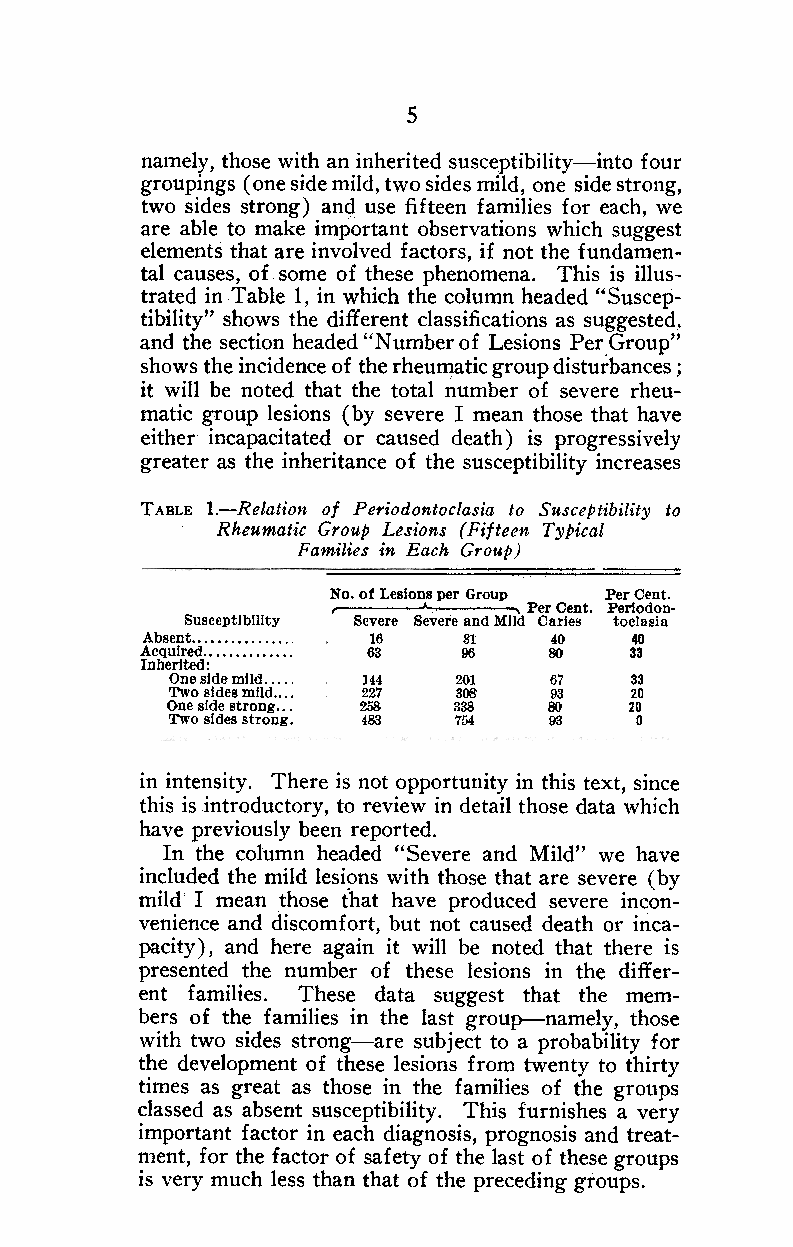
5
 namely, those with an inherited susceptibility-into four
 groupings ( one side mild, two sides mild, one side strong,
 two sides strong) and use fifteen families for each, we
 are able to make important observations which suggest
 elements that are involved factors, if not the fundamen-
 tal causes, of some of these phenomena. 1~his is illus-
 trated in Table 1, in which the column headed "suscep-
 tibility" shows the different classifications as suggested,
 and the section headed "N umber of Lesions Per Group"
 shows the incidence of the rheumatic group disturbances ;
 it will be noted that the total number of severe rheu-
 matic group lesions (by severe I mean those that have
 eithel incapacitated or caused death) is progressively
 greater as the inheritance of the susceptibility increases
 T ABLE 1.-Relation of Periodontoclasia to Susceptibility to
 Rheumatic Group Lesions (Fifteen Typical
 Families in Each Group)
 ,
 No. of Lesions per Group Per Cent.
 '     ,.    , Per Cent. Periodono
 SusceptibIlIty Severe Severe and MIld Caries toclasia
 AIAnchbqesureiirtneetdd : 16 81 40 40
 68     96   80    33
 Onesidemlld.,." 144 201  67    33
 OTnweo sidsied es stromngIl.d. , 227 808 93 20
 258   338   80    20
 Two sides strong. 483 754 93   0
 in intensity. There is not opportunity in this text, since
 this is introductory, to review in detail those data which
 have previously been reported.
 In the column headed "Severe and Mild" we have
 included the mild lesi~ns with those that are severe (by
 mild I mean those that have produced severe incon-
 venience and discom£ort, but not caused death or inca-
 pacity) , and here again it will be noted that there is
 presented the number 0£ these lesions in the differ-
 ent £amilies. These data suggest that the mem-
 bers 0£ the £amilies in the last group-namely, those
 with two sides strong-are subject to a probability for
 the development of these lesions £rom twenty to thirty
 times as great as those in the £amilies 0£ the groups
 classed as absent susceptibility. This furnishes a very
 important £actor in each diagnosis, prognosis and treat-
 ment, for the £actor 0£ sa£ety 0£ the last 0£ these groups
 is very much less than that 0£ the preceding groups.